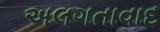
અલગતાવાદ